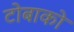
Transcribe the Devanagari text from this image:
टोबाको